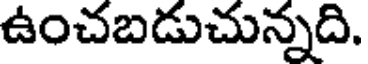
ఉంచబడుచున్నది.